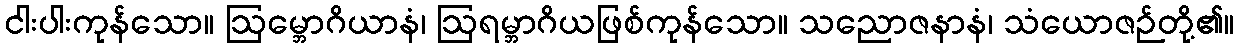
ငါးပါးကုန်သော။ ဩမ္ဘောဂိယာနံ၊ ဩရမ္ဘာဂိယဖြစ်ကုန်သော။ သညောဇနာနံ၊ သံယောဇဉ်တို့၏။